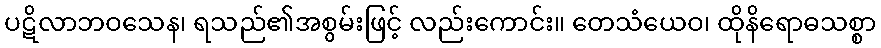
ပဋိလာဘဝသေန၊ ရသည်၏အစွမ်းဖြင့် လည်းကောင်း။ တေသံယေဝ၊ ထိုနိရောဓသစ္စာ